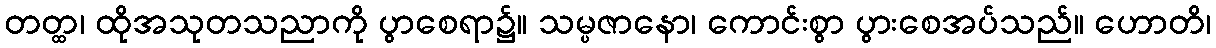
တတ္ထ၊ ထိုအသုတသညာကို ပွာစေရာ၌။ သမ္ပဇာနော၊ ကောင်းစွာ ပွားစေအပ်သည်။ ဟောတိ၊